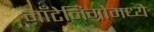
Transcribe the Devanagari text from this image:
माँटेनिग्रोमध्ये